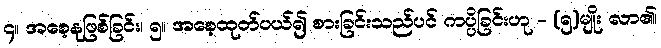
၄။ အစေ့နုဖြစ်ခြင်း၊ ၅။ အစေ့ထုတ်ပယ်၍ စားခြင်းသည်ပင် ကပ္ပိခြင်းဟု - (၅)မျိုး လာ၏၊